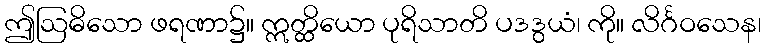
ဤဩဓိသော ဖရဏာ၌။ ဣတ္ထိယော ပုရိသာတိ ပဒဒွယံ၊ ကို။ လိင်္ဂဝသေန၊